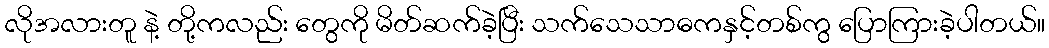
လိုအလားတူ နဲ့ တို့ကလည်း တွေကို မိတ်ဆက်ခဲ့ပြီး သက်သေသာဓကနှင့်တစ်ကွ ပြောကြားခဲ့ပါတယ်။